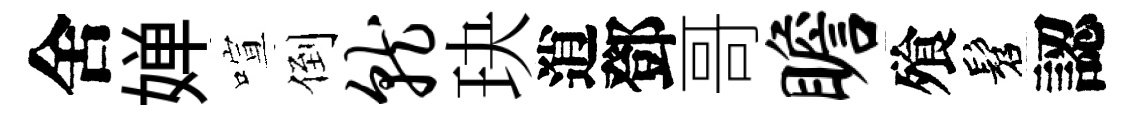
舍婵喧倒就玦逍鄧哥瞻飱髫認